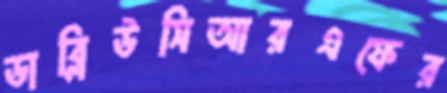
ডাব্লিউসিআরএফের